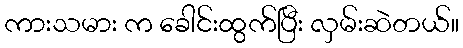
ကားသမား က ခေါင်းထွက်ပြီး လှမ်းဆဲတယ်။